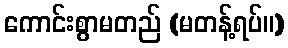
ကောင်းစွာမတည် (မတန့်ရပ်။)